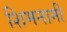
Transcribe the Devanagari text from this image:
शिमनामी